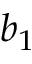
b _ { 1 }